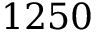
1 2 5 0